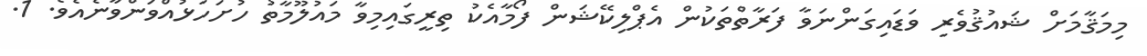
މިމަޤާމަށް ޝައުޤުވެރި ވަޑައިގަންނަވާ ފަރާތްތަކުން އެޕްލިކޭޝަން ފޯމާއެކު ތިރީގައިމިވާ މައުލޫމާތު ހުށަހަޅުއްވަންވާނެއެވެ. 1.